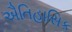
ઐતિહાસિક